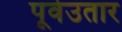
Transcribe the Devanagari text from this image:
पूर्वउतार